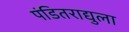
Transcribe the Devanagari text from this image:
पंडितराद्युला